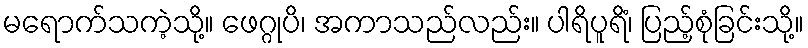
မရောက်သကဲ့သို့။ ဖေဂ္ဂုပိ၊ အကာသည်လည်း။ ပါရိပူရိံ၊ ပြည့်စုံခြင်းသို့။